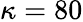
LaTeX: \kappa=80